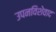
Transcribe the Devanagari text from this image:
उपनविशेवाद